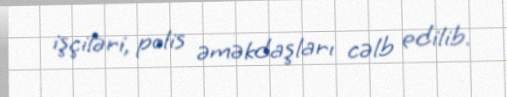
işçiləri, polis əməkdaşları cəlb edilib.